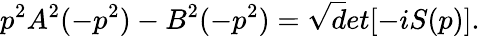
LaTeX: p^{2}A^{2}(-p^{2})-B^{2}(-p^{2})=\sqrt det[-iS(p)].